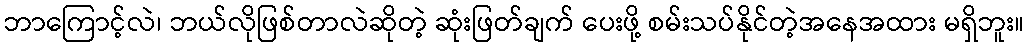
ဘာကြောင့်လဲ၊ ဘယ်လိုဖြစ်တာလဲဆိုတဲ့ ဆုံးဖြတ်ချက် ပေးဖို့ စမ်းသပ်နိုင်တဲ့အနေအထား မရှိဘူး။